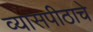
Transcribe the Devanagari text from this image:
व्यासपीठाचे